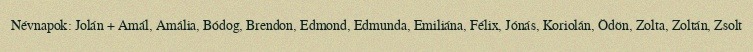
Névnapok: Jolán + Amál, Amália, Bódog, Brendon, Edmond, Edmunda, Emiliána, Félix, Jónás, Koriolán, Ödön, Zolta, Zoltán, Zsolt